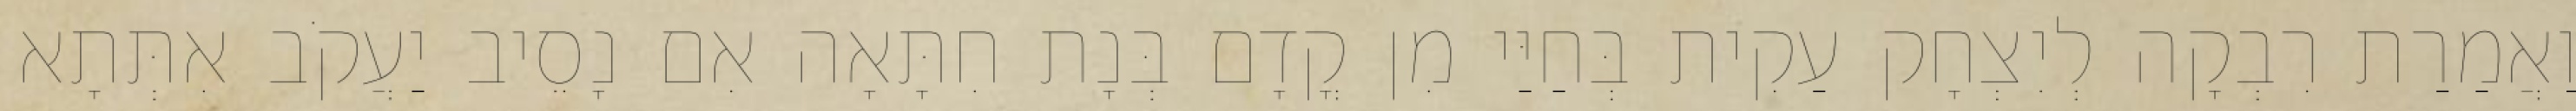
וַאֲמַרַת רִבְקָה לְיִצְחָק עַקִית בְּחַיַּי מִן קֳדָם בְּנָת חִתָּאָה אִם נָסֵיב יַעֲקֹב אִתְּתָא